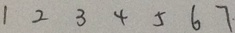
1 2 3 4 5 6 7 \cdot